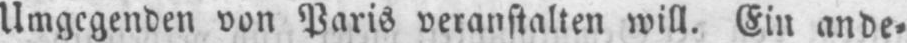
Umgegenden von Paris veranstalten will. Ein ande⸗